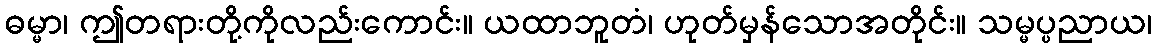
ဓမ္မာ၊ ဤတရားတို့ကိုလည်းကောင်း။ ယထာဘူတံ၊ ဟုတ်မှန်သောအတိုင်း။ သမ္မပ္ပညာယ၊